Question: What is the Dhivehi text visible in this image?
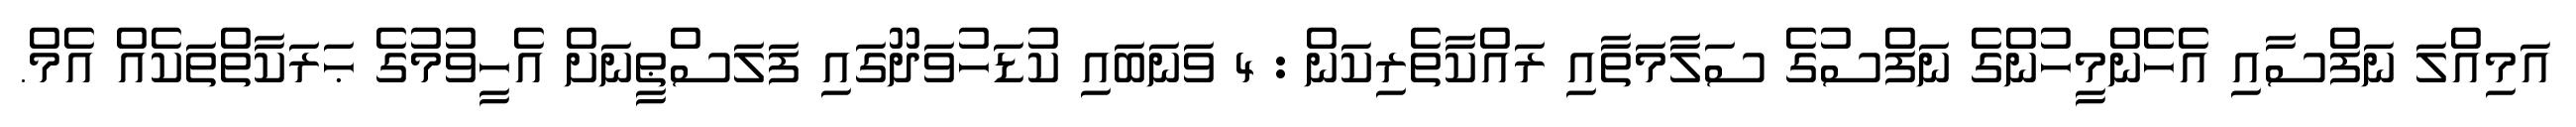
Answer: އަމިއްލަ ނަފްސާއި އެހެންމީހުންގެ ނަފްސުގެ ސަލާމަތާއި ރައްކާތެރިކަން : 4 ވަނަބައި ކުޑަހުވަދޫގައި ފަލަސްޠީނަށް އެހީވުމުގެ ޙަރަކާތްތަކެއް އެމް.